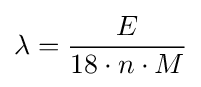
\lambda ={\frac {E}{18\cdot n\cdot M}}